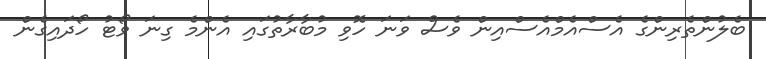
ބެލުންތެރިންގެ އެސްއެމްއެސްއިން ވެސް ވަނަ ހޮވި މުބާރާތުގައި އެންމެ ގިނަ ވޯޓު ހޯދައިގެން